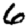
Digit: 6